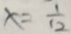
x = \frac { 1 } { 1 2 }